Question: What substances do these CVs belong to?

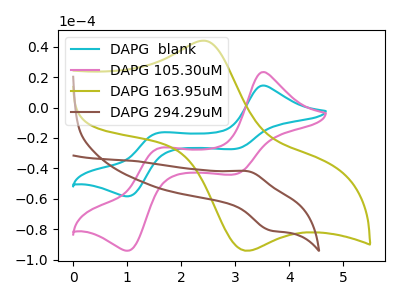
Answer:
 <answer>The cyan curve is labeled "DAPG  blank". The pink curve is labeled "DAPG 105.30uM". The olive curve is labeled "DAPG 163.95uM". The brown curve is labeled "DAPG 294.29uM".</answer>
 <eval></eval>